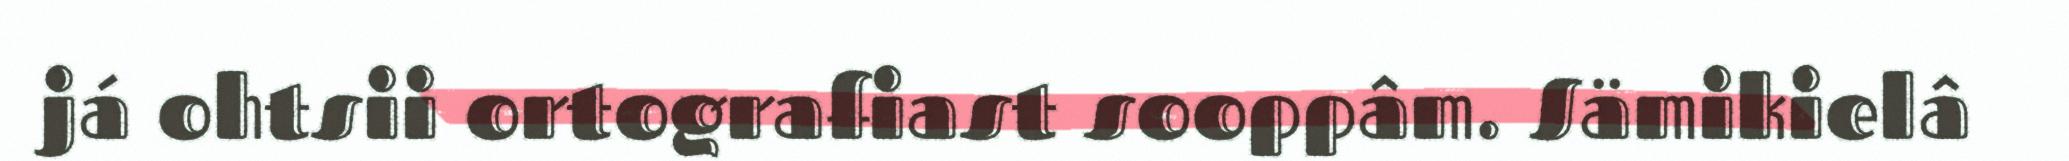
já ohtsii ortografiast sooppâm. Sämikielâ